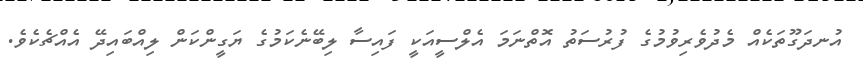
އުނދަގޫތަކެއް މެދުވެރިވުމުގެ ފުރުސަތު އޮތްނަމަ އެލްސީއަކީ ފައިސާ ލިބޭނެކަމުގެ ޔަގީންކަން ލިއްބައިދޭ އެއްޗެކެވެ.